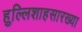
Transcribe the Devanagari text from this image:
हुल्लिशाहसारख्या